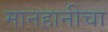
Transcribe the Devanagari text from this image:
मानहानीचा